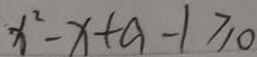
x ^ { 2 } - x + a - 1 \geq 0